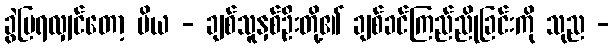
ခွဲပြရလျှင်တော့ ပိယ - ချစ်သူနှစ်ဦးတို့၏ ချစ်ခင်ကြည်ညိုခြင်းကို သုည -